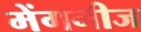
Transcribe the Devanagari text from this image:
मेंगनीज